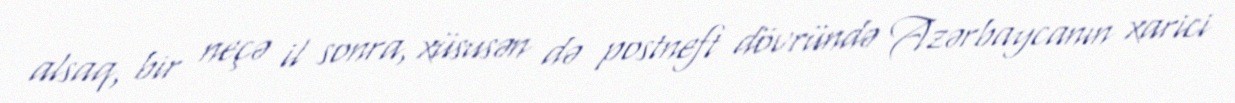
alsaq, bir neçə il sonra, xüsusən də postneft dövründə Azərbaycanın xarici